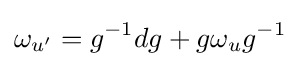
\omega _{u'}=g^{-1}dg+g\omega _{u}g^{-1}